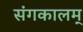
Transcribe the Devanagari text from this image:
संगकालम्